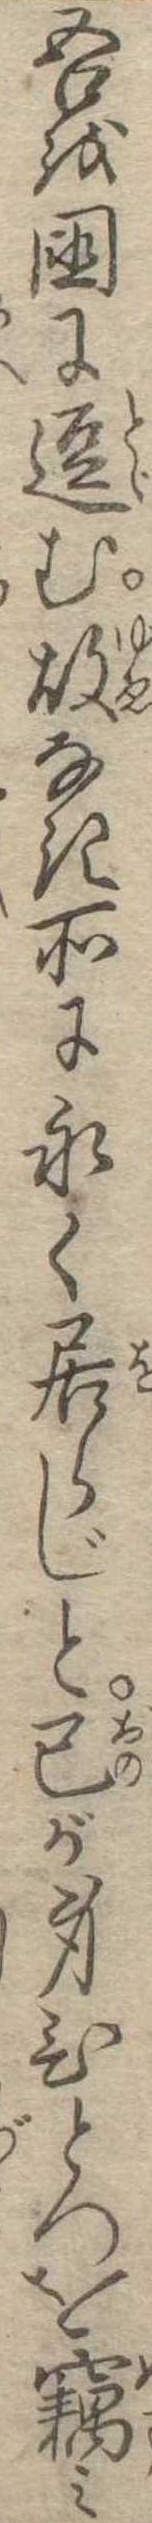
吾を国に逗む故なき所に永く居らじと己が身ひとつを窃み